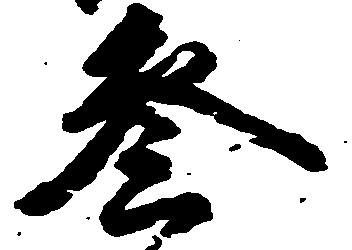
参